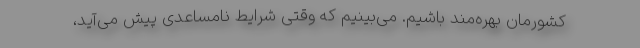
کشورمان بهره‌مند باشیم. می‌بینیم که وقتی شرایط نامساعدی پیش می‌آید،